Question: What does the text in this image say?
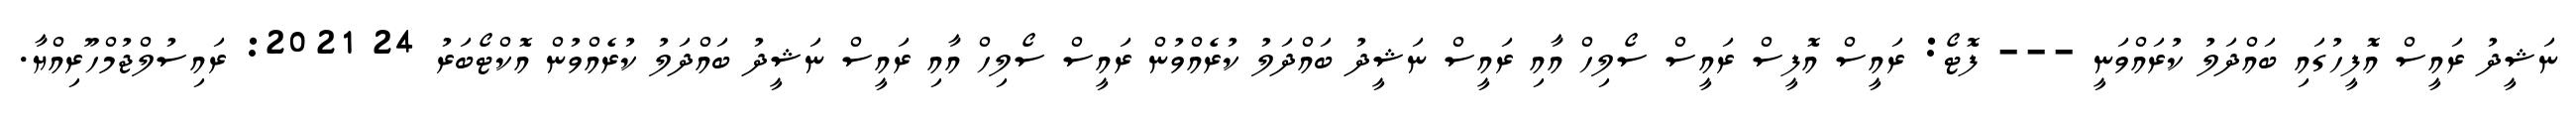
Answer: ނަޝީދު ރައީސް އޮފީހުގައި ބައްދަލު ކުރައްވަނީ --- ފޮޓޯ: ރައީސް އޮފީސް ރައީސް ސޯލިހް އާއި ރައީސް ނަޝީދު ބައްދަލު ކުރެއްވުން ރައީސް ސޯލިހް އާއި ރައީސް ނަޝީދު ބައްދަލު ކުރެއްވުން އޮކްޓޯބަރު 24 2021: ރައިސުލްޖުމްހޫރިއްޔާ.